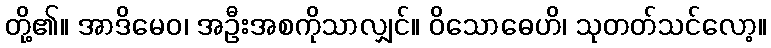
တို့၏။ အာဒိမေဝ၊ အဦးအစကိုသာလျှင်။ ဝိသောဓေဟိ၊ သုတတ်သင်လော့။